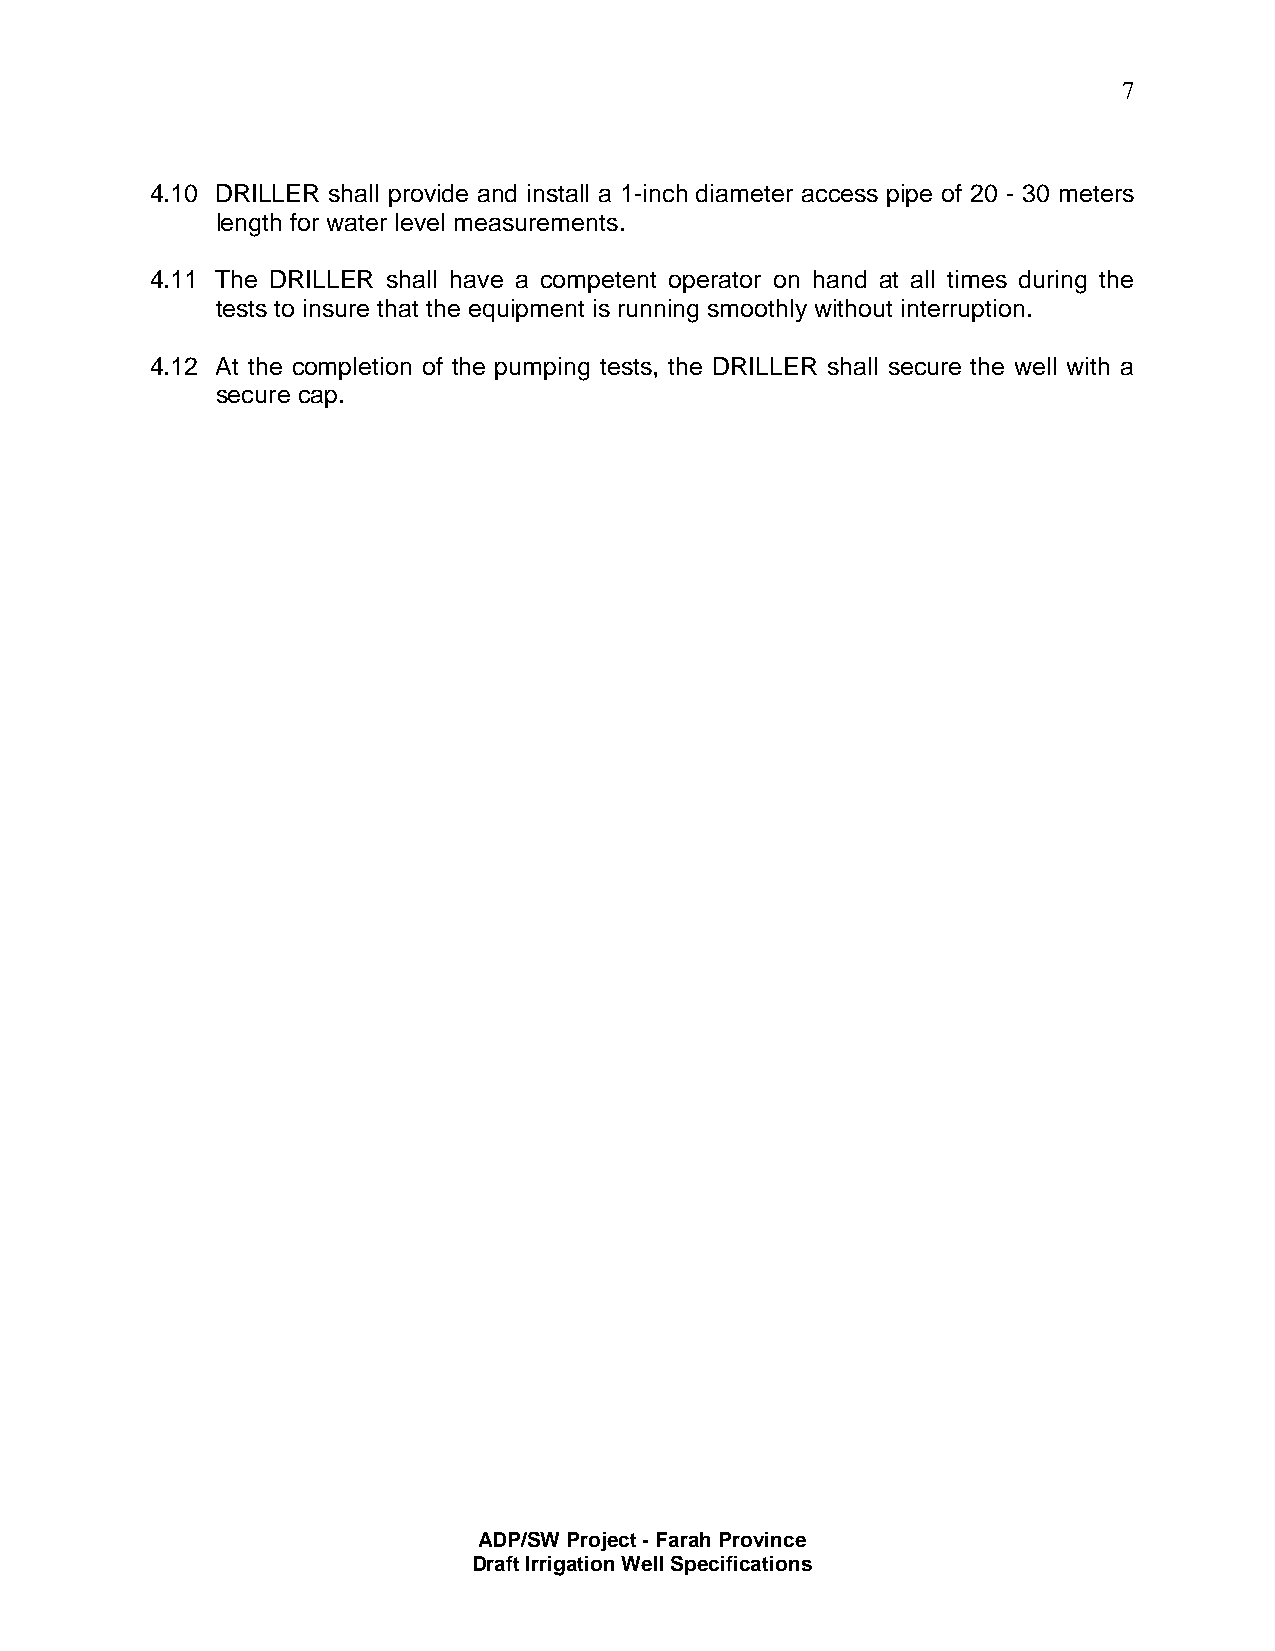
7
 4.10 DRILLER shall provide and install a 1-inch diameter access pipe of 20 - 30 meters
 length for water level measurements.
 4.11 The DRILLER shall have a competent operator on hand at all times during the
 tests to insure that the equipment is running smoothly without interruption.
 4.12 At the completion of the pumping tests, the DRILLER shall secure the well with a
 secure cap.
 ADP/SW Project - Farah Province
 Draft Irrigation Well Specifications